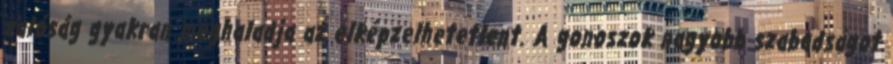
valóság gyakran meghaladja az elképzelhetetlent. A gonoszok nagyobb szabadságot